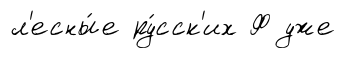
л'есны́е ру́сск'их Ф уже